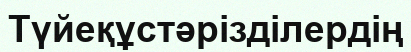
Түйеқұстәрізділердің